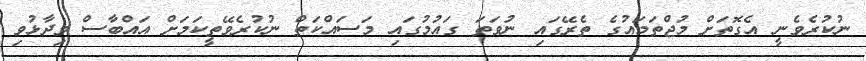
ނުކުރެވެނީ އެގޮތަށް މުޖްތަމައުގެ ތެރޭގައި ނުވަތަ ގައުމުގައި މަސައްކަތް ނުކުރެވޭތީކަމަށް އައްބާސް ވިދާޅުވި